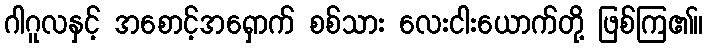
ဂါဂူလနှင့် အစောင့်အရှောက် စစ်သား လေးငါးယောက်တို့ ဖြစ်ကြ၏။